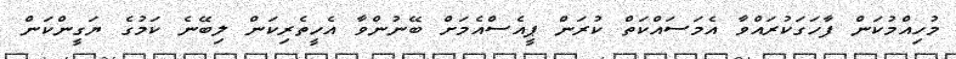
މުހިއްމުކަން ފާހަގަކުރައްވާ އެމަސައްކަތް ކުރަން ޕީއެސްއެމަށް ބޭނުންވާ އެހީތެރިކަން ލިބޭނެ ކަމުގެ ޔަގީންކަން